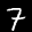
Label: 7